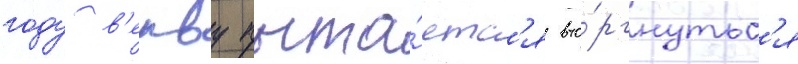
году в'енву пыта́етс'я вто́ргнутьс'я